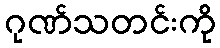
ဂုဏ်သတင်းကို